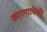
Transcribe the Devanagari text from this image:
कारणापैकी